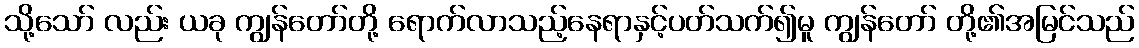
သို့သော် လည်း ယခု ကျွန်တော်တို့ ရောက်လာသည့်နေရာနှင့်ပတ်သက်၍မူ ကျွန်တော် တို့၏အမြင်သည်